Vaccination report Assam 1874-1896 - 1874-1896
Year: 1874
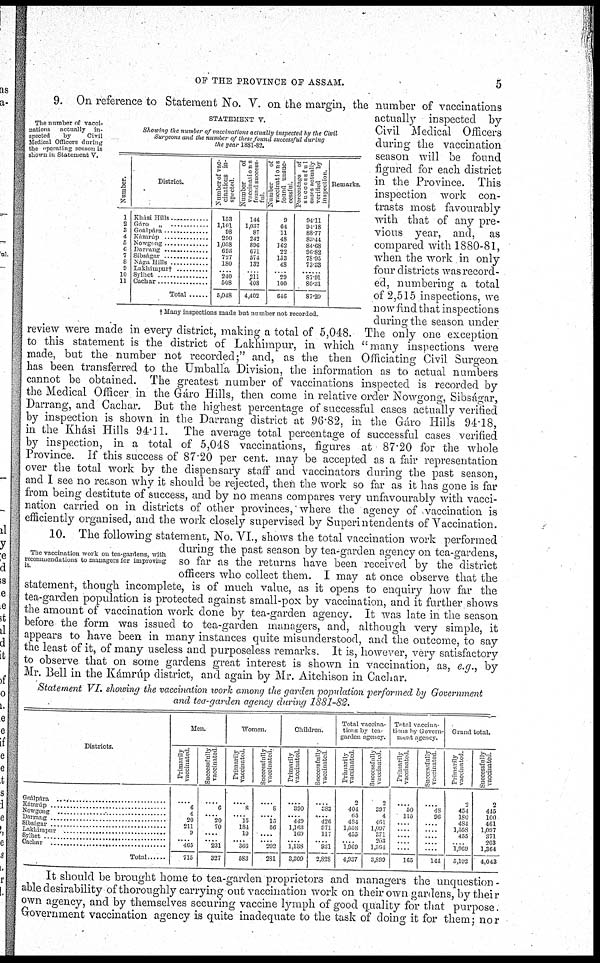
OF THE PROVINCE OF ASSAM.
5
The number of vacci-
nations actually in-
spected
by
Civil
Medical Officers during
the operating season is
shown in Statement V.
STATEMENT V.
Showing the number of vaccinations actually inspected by the Civil
Surgeons and the number of these found successful during
the year 1881-82.
Number.
1
2
3
4
5
6
7
8
9
10
11
District.
Khási Hills ............
Gára „ ............
Goálpára ..................
Kamrúp ............
Nowgong ..................
Darrang
...............
Sibságar ...............
Nága Hills ............
Lakhimpur†
Sylhet
Cachar ....................
Total ....................
Number of vac¬
cinations in-
spected.
153
1,101
98
290
1,058
693
727
180
.... 210
508
5,048
Number
of
vaccinations
found success¬
ful.
144
1,037 87
242
896
671
574 132
.... 211
408
4,402
Number
of
vaccinations
found unsuc-
cessful
9
64
11
48
162
22
153
48
.... 29
100
646
Percentage of
successful
cases actually
verified
by
inspection
94.11
94.18
88.77
84.44
84.68
96.82
78.95
73.33
...... 87.91
80.31
87.20
Remarks.
† Many inspections made but number not recorded.
9. On reference to Statement No. V. on the margin, the number of vaccinations
actually inspected by
Civil Medical Officers
during the vaccination
season will be found
figured for each district
in the Province. This
inspection work con-
trasts most favourably
with that of any pre-
vious year, and, as
compared with 1880-81,
when the work in only
four districts was record-
ed, numbering a total
of 2,515 inspections, we
now find that inspections
during the season under
review were made in every district, making a total of 5,048. The only one exception
to this statement is the district of Lakhimpur, in which "many inspections were
made, but the number not recorded;" and, as the then Officiating Civil Surgeon
has been transferred to the Umballa Division, the information as to actual numbers
cannot be obtained. The greatest number of vaccinations inspected is recorded by
the Medical Officer in the Gáro Hills, then come in relative order Nowgong, Sibságar,
Darrang, and Cachar. But the highest percentage of successful cases actually verified
by inspection is shown in the Darrang district at 96.82, in the Gáro Hills 94.18,
in the Khási Hills 94.11. The average total percentage of successful cases verified
by inspection, in a total of 5,048 vaccinations, figures at 87.20 for the whole
Province. If this success of 87.20 per cent. may be accepted as a fair representation
over the total work by the dispensary staff and vaccinators during the past season,
and I see no reason why it should be rejected, then the work so far as it has gone is far
from being destitute of success, and by no means compares very unfavourably with vacci-
nation carried on in districts of other provinces, where the agency of vaccination is
efficiently organised, and the work closely supervised by Superintendents of Vaccination.
The vaccination work on tea-gardens, with
recommendations to managers for improving
it.
10. The following statement, No. VI., shows the total vaccination work performed
during the past season by tea-garden agency on tea-gardens,
so far as the returns have been received by the district
officers who collect them. I may at once observe that the
statement, though incomplete, is of much value, as it opens to enquiry how far the
tea-garden population is protected against small-pox by vaccination, and it further shows
the amount of vaccination work done by tea-garden agency. It was late in the season
before the form was issued to tea-garden managers, and, although very simple, it
appears to have been in many instances quite misunderstood, and the outcome, to say
the least of it, of many useless and purposeless remarks. It is, however, very satisfactory
to observe that on some gardens great interest is shown in vaccination, as, e.g., by
Mr. Bell in the Kámrúp district, and again by Mr. Aitchison in Cachar.
Statement VI. showing the vaccination work among the garden population performed by Government
and tea-garden agency during 1881-82.
Districts.
Goálpára ............................
Kámrúp ....................
Nowgong ........................
Darrang ................
Sisbságar ....................
Lakhimpur ........................
Sylhet ....................
Cachar ....................
Total .....
Men.
Primarily
vaccinated.
....
6
4
20
211
9
.... 465
715
Successfully
vaccinated
....
6
.... 20
70
....
.... 231
327
Women.
Primarily
vaccinated.
....
8
.... 15
184
10
.... 366
583
Successfully
vaccinated.
....
8
.... 15
56
....
.... 202
281
Children.
Primarily
vaccinated
....
390
.... 449
1,163
169
.... 1,138
3,309
Successfully
vaccinated
....
383
.... 426
971
117
.... 931
2,828
Total vaccina-
tions by tea¬
garden agency.
Primarily
vaccinated
2
404
65
484
1,558
....
.... 1,969
4,937
Successfully
vaccinated.
2
397
4
461
1,097
371
203
1,364
3,899
Total vaccina-
tions by Govern-
ment agency.
Primarily
vaccinated.
....
50
113
....
....
....
....
....
165
Successfully
vaccinated
....
48
96
....
....
....
.... ....
144
Grand total.
Primarily
vaccinated.
2
454
180
484
1,558
455
.... 1,969
5,102
Successfully
vaccinated.
2
445
100
461
1,097
371
203
1,364
4,043
It should be brought home to tea-garden proprietors and managers the unquestion¬
able desirability of thoroughly carrying out vaccination work on their own gardens, by their
own agency, and by themselves securing vaccine lymph of good quality for that purpose.
Government vaccination agency is quite inadequate to the task of doing it for them; nor